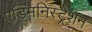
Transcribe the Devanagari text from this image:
एड्मिनिस्ट्रेशन